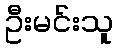
ဦးမင်းသူ